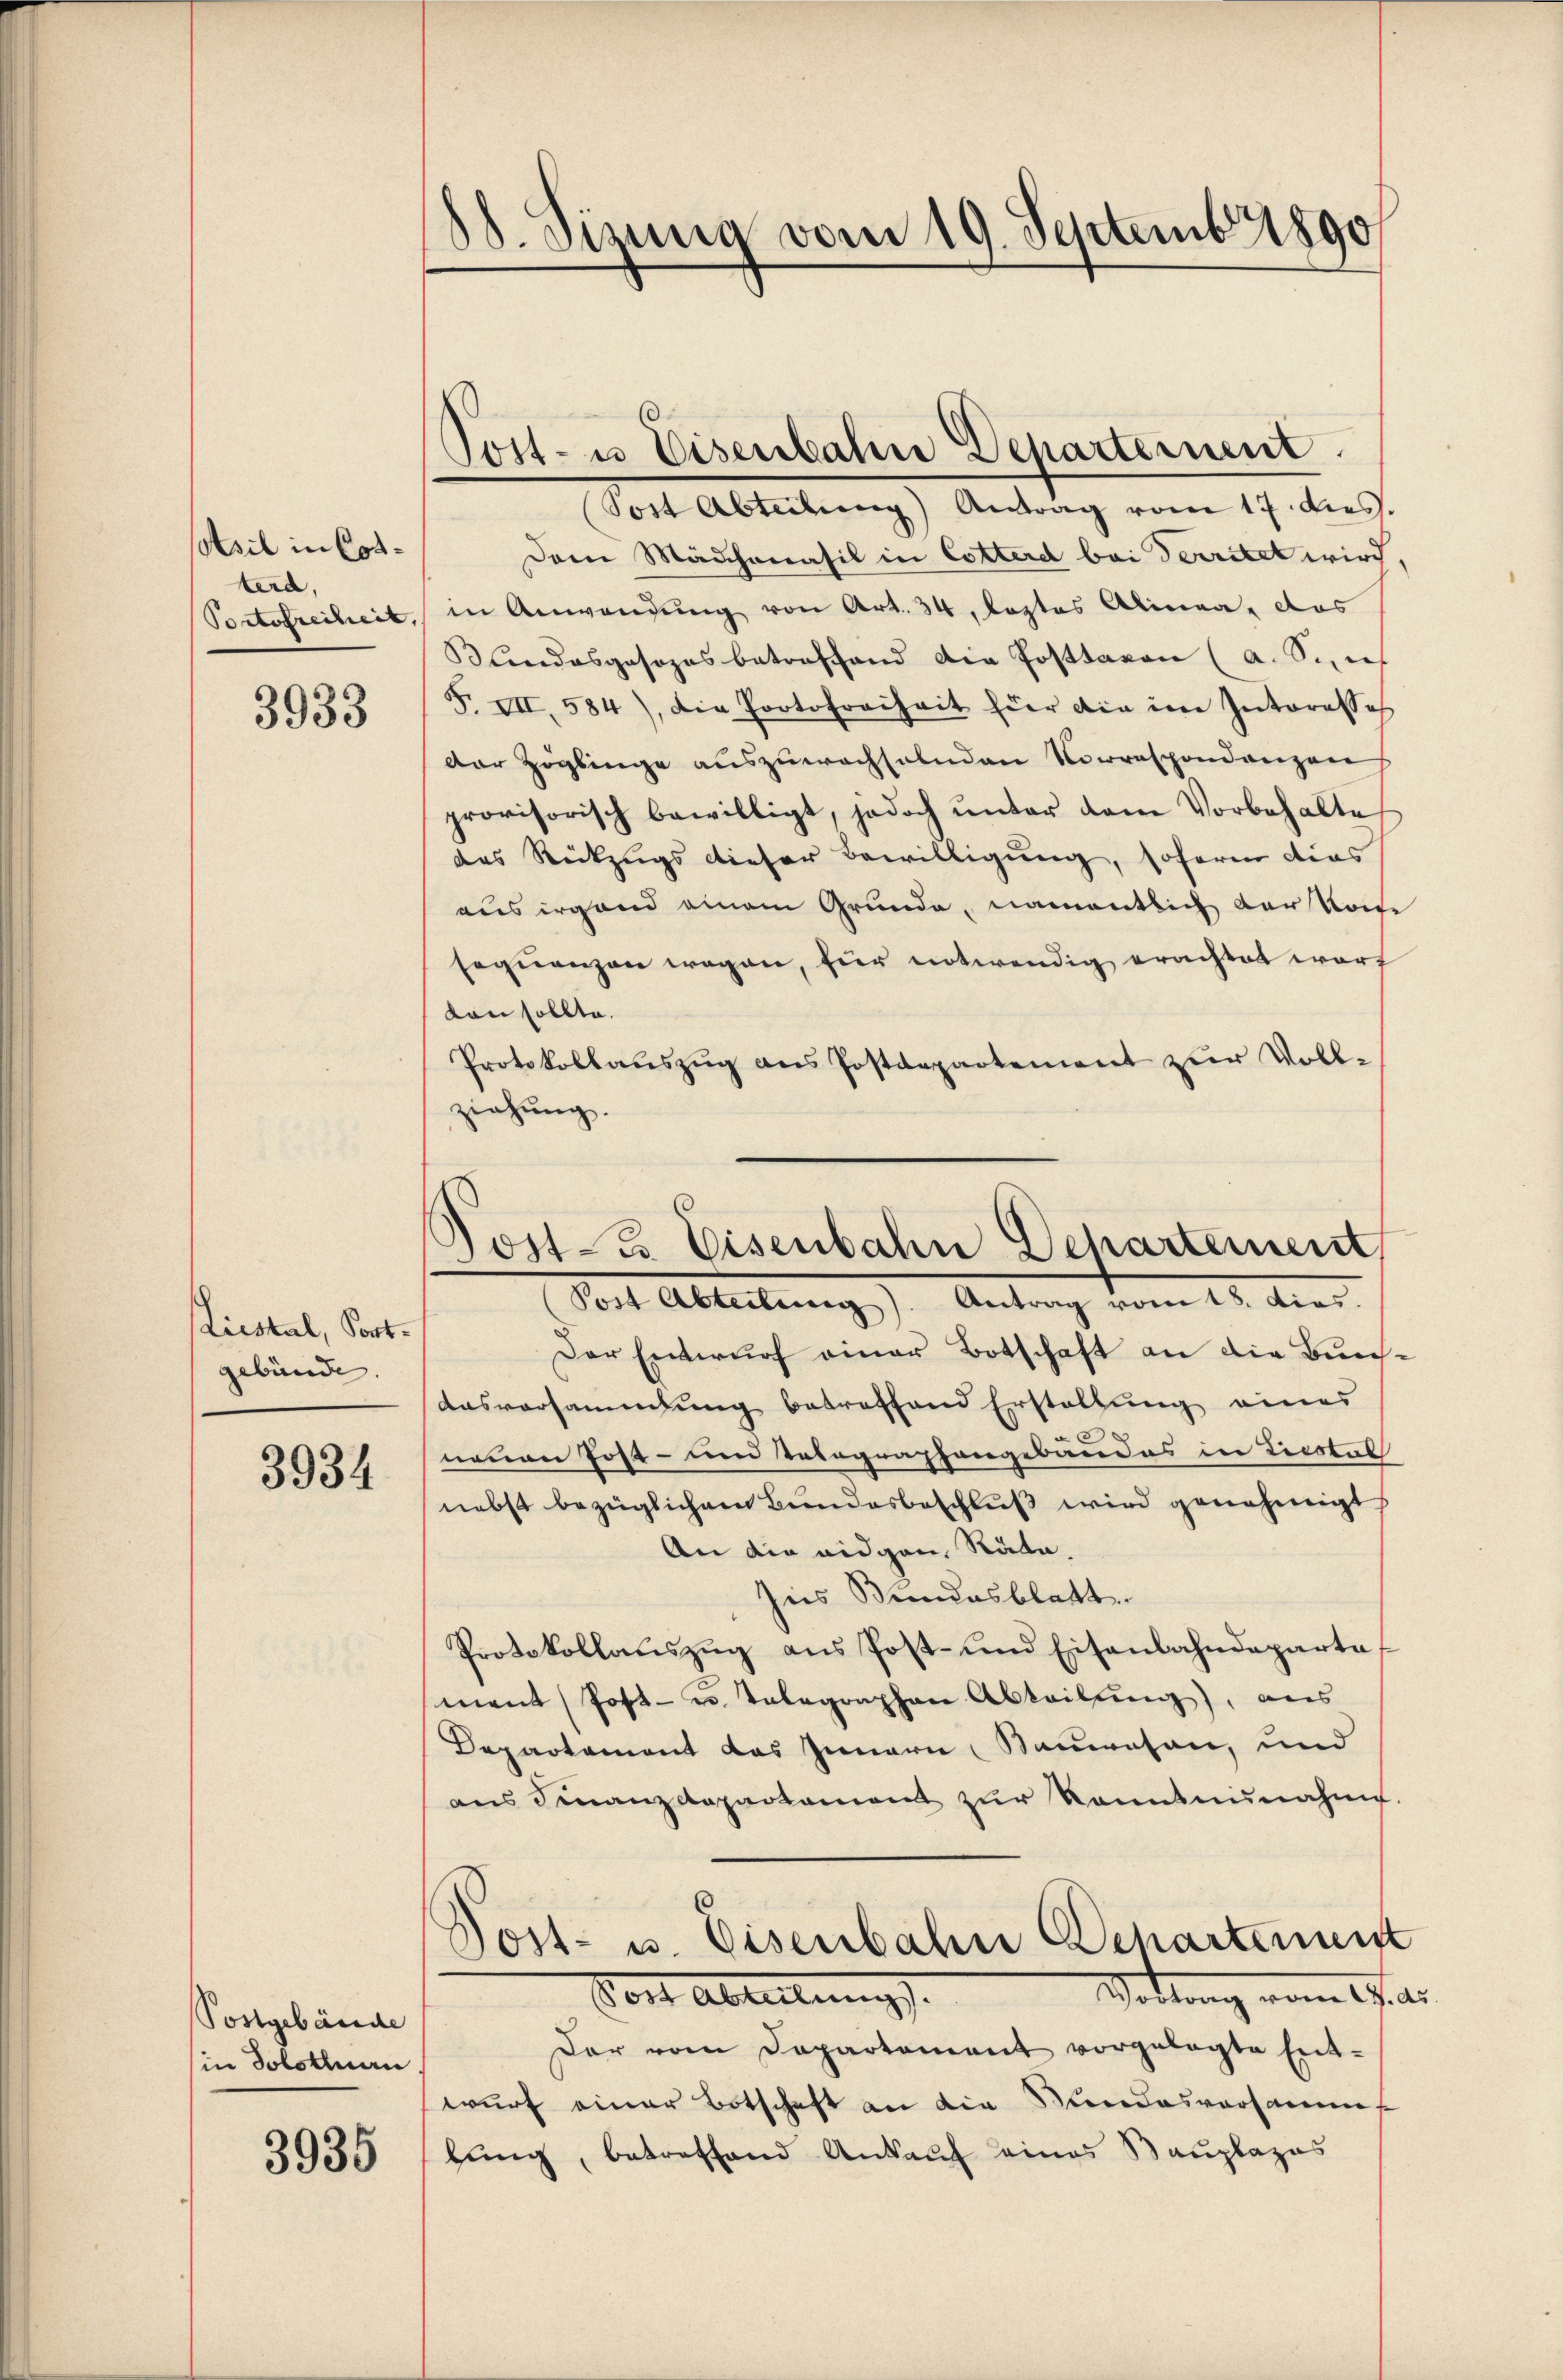
tsil in Cotterd,

3933

Liestal, Portgebäude.

3934

Postgebäude
in Solothurn

3935

88. Sizung vom 19. Septemb. 1890

Dem Mädchenasil in Cotterd bei Territet wird,
Portofreiheit, in Anwendung von Art. 34, leztes Alinea, das
Bundesgesezes betreffend die Posttaren (a. Sie ich
F. VII, 584), die Portofreiheit hier die im Interesse
Der Zöglinge auszuwachselnden Vorrespondenzen
provisorisch bewilligt, jedoch ŭnter dem Vorbehalte
das Rückzugs dieser Bewilligung, sofern dies
aus irgend einem Grunde, namentlich der Kon
seqŭenzen wegen, für notwendig erachtet warf
ton sollte.
Protokollauszug aus Postdepartement zur Voll-
ziehung.

Post- u Eisenbahn Departement
Sost Abteilung) Antrag vom 17. dies

Der Entwurf einer Botschaft an die Bun¬
Ausvorsammlung betreffend Erstellung eines
e
neuen Post- und Telegraphengebäudes in Ricotal
nebst bezüglichem Bundesbeschluß wird genehmigt
An die eidgen. Räte.
Ins Bundesblatt
Protokollaŭszŭg ans Post- und Eisenbahndeparta
ment Post- u. Telegraphen Abteilung), aus
Departement das Innern Bauwesen, und
ans Finanzdepartament zŭr Kenntnunahme.
Post- u. Eisenbahn chartement
Wottung vom 17. d.
Dort Abteilungs-
Der vom Departement vorgelegte Ent-
wurf einer Botschaft an die Mindesversammes
lung, betreffend Ankauf eines Bauplazas

Post- u. Eisenbahn Departement,
Post Abteilung). Antrag vom 18. dies